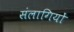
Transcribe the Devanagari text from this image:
संलागियों